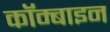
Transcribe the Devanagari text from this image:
कॉम्बाइन